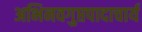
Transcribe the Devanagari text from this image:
अभिनवगुप्तपादाचार्य